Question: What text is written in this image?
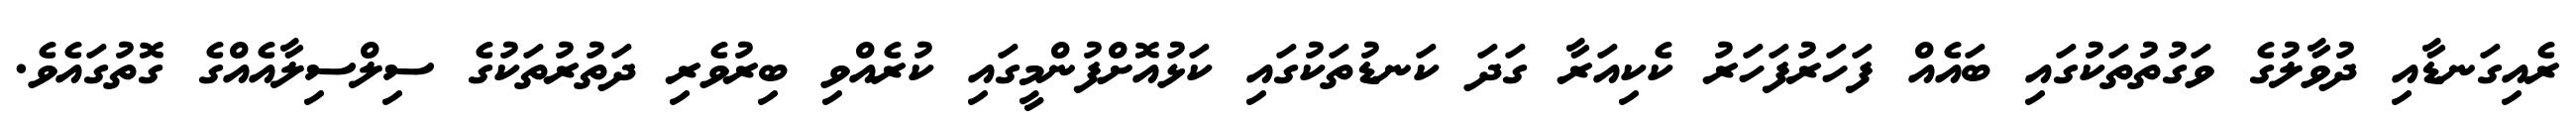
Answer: ރެއިގަނޑާއި ދުވާލުގެ ވަގުތުތަކުގައި ބައެއް ފަހަރުފަހަރު ކެކިއަރާ ގަދަ ކަނޑުތަކުގައި ކަޅުއޮށްފުންމީގައި ކުރެއްވި ބިރުވެރި ދަތުރުތަކުގެ ސިލްސިލާއެއްގެ ގޮތުގައެވެ.